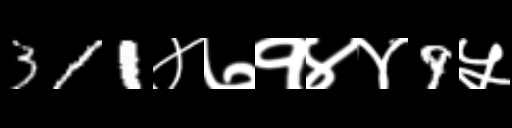
Text: 311४७१४४9५